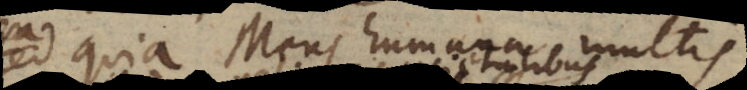
quia Mens humana multis